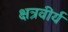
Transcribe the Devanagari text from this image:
क्षत्रवीर्य